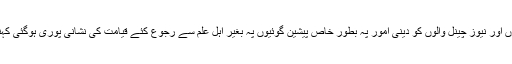
حیرت کی بات ہے کہ اخبار والوں اور نیوز چینل والوں کو دینی امور پہ بطور خاص پیشین گوئیوں پہ بغیر اہل علم سے رجوع کئے قیامت کی نشانی پوری ہوگئی کہنا کتنی بڑی حیرت کی بات ہے ۔